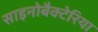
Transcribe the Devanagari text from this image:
साइनोबैक्टेरिया